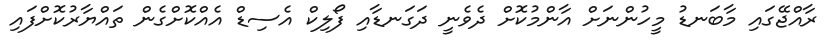
ރާއްޖޭގައި މާބަނޑު މީހުންނަށް އާންމުކޮށް ދެވެނީ ދަގަނޑާއި ފޯލިކް އެސިޑް އެއްކޮށްގެން ތައްޔާރުކޮށްފައި